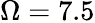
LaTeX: \Omega=7.5